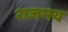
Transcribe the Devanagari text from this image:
राजमय